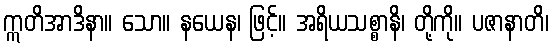
ဣတိအာဒိနာ။ သော။ နယေန၊ ဖြင့်။ အရိယသစ္စာနိ၊ တို့ကို။ ပဇာနာတိ၊